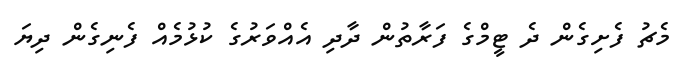
މެޗު ފެށިގެން ދެ ޓީމްގެ ފަރާތުން ދާދި އެއްވަރުގެ ކުޅުމެއް ފެނިގެން ދިޔަ